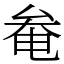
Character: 奙